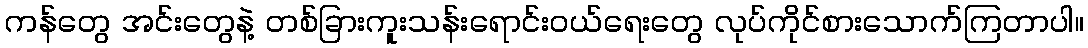
ကန်တွေ အင်းတွေနဲ့ တစ်ခြားကူးသန်းရောင်းဝယ်ရေးတွေ လုပ်ကိုင်စားသောက်ကြတာပါ။